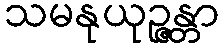
သမနုယုဉ္ဇန္တာ